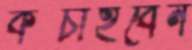
কপ্‌চাইবেন